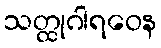
သတ္ထုဂါရဝေန